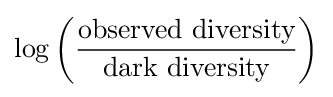
\log \left({\frac {\text{observed diversity}}{\text{dark diversity}}}\right)